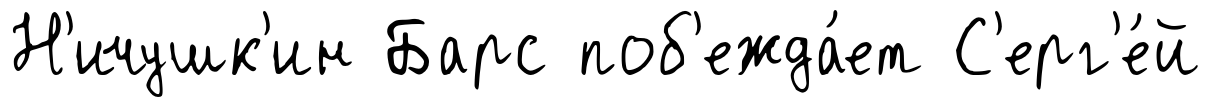
Н'ичушк'ин Барс поб'ежда́ет С'ерг'е́й